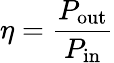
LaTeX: \eta={\frac{P_{\mathrm{out}}}{P_{\mathrm{in}}}}